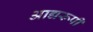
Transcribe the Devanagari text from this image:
आद्यरूपी